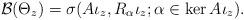
LaTeX: \begin{align*}\mathcal B(\Theta_z)= \sigma(A\iota_z, R_\alpha\iota_z ; \alpha\in\ker A\iota_z).\end{align*}